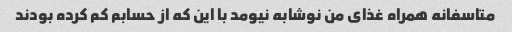
متاسفانه همراه غذای من نوشابه نیومد با این که از حسابم کم کرده بودند